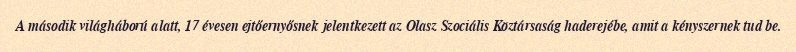
A második világháború alatt, 17 évesen ejtőernyősnek jelentkezett az Olasz Szociális Köztársaság haderejébe, amit a kényszernek tud be.